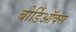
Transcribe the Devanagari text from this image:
बोर्डिऑक्स